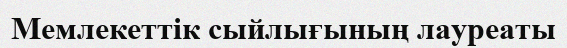
Мемлекеттік сыйлығының лауреаты